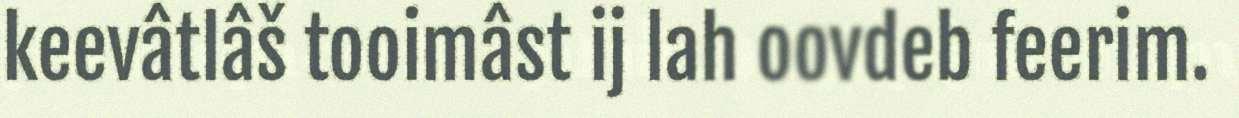
keevâtlâš tooimâst ij lah oovdeb feerim.